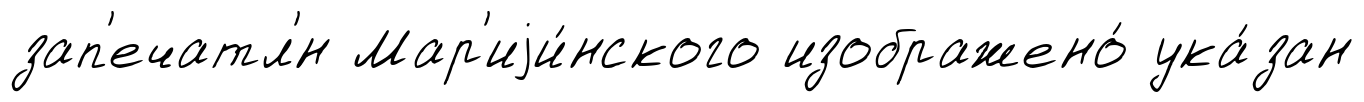
зап'ечатл'́н Мар'иjи́нского изображено́ ука́зан